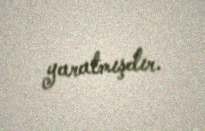
yaratmışdır.